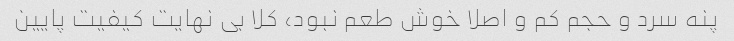
پنه سرد و حجم کم و اصلا خوش طعم نبود، کلا بی نهایت کیفیت پایین